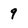
Character: 9